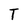
Character: T